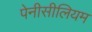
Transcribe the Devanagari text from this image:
पेनीसीलियम